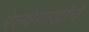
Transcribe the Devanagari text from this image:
रेल्वेगाडीने